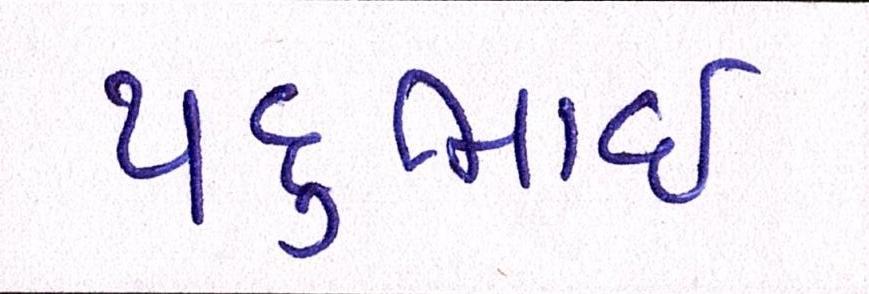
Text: પદુભાઈ